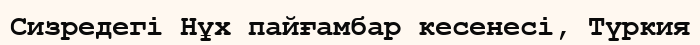
Сизредегі Нұх пайғамбар кесенесі, Түркия